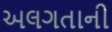
અલગતાની